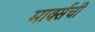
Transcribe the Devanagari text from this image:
मार्क्सची